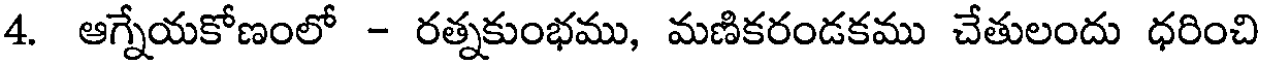
4. ఆగ్నేయకోణంలో - రత్నకుంభము, మణికరండకము చేతులందు ధరించి